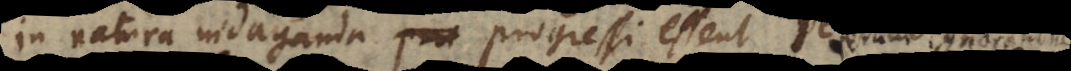
in natura indaganda progressi essent Veteres,